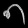
Digit: ၈